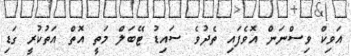
އަވިކް ވިސްނަން އޮވެފައި ތެދުވެ ސައިޑު ޓޭބަލް މަތީ އޮތް އަތުކުރީ ގަޑި